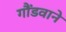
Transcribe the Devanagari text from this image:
गौंडवाने